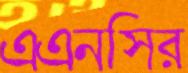
এএনসির